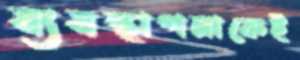
ব্যবস্থাপনাকেই